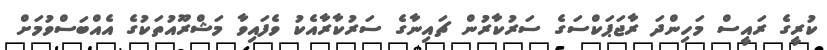
ކުރީގެ ރައީސް މަހިންދަ ރާޖަޕަކްސަގެ ސަރުކާރުން ޗައިނާގެ ސަރުކާރާއެކު ވެފައިވާ މަޝްރޫއުތަކުގެ އެއްބަސްވުމަށް